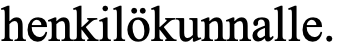
henkilökunnalle.